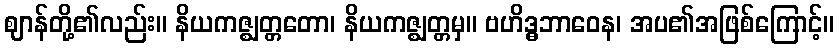
ဈာန်တို့၏လည်း။ နိယကဇ္ဈတ္တတော၊ နိယကဇ္ဈတ္တမှ။ ဗဟိဒ္ဓဘာဝေန၊ အပ၏အဖြစ်ကြောင့်။